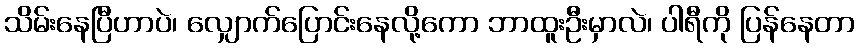
သိမ်းနေပြီဟာပဲ၊ လျှောက်ပြောင်းနေလို့ကော ဘာထူးဦးမှာလဲ၊ ပါရီကို ပြန်နေတာ